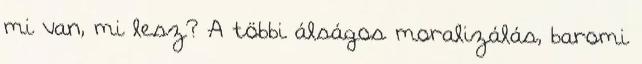
mi van, mi lesz? A többi álságos moralizálás, baromi